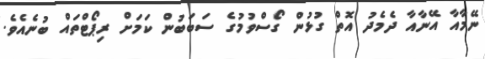
ނޭމާއާ އޭނާއާ ދެމެދު އޮތް ގުޅުން ގޯސްވުމުގެ ސަބަބުން ކަމަށް ރިޕޯޓްތައް ބުނެއެވެ.